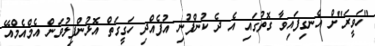
"ހަވީރަ"ށް އެނގިފައިވާ ގޮތުގައި އެ ދެ ކުންފުނި އުފެއްދި ހަގީގަތް އޮޅުންފިލުވަން އެމްއެމްއޭ